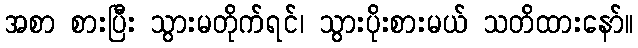
အစာ စားပြီး သွားမတိုက်ရင်၊ သွားပိုးစားမယ် သတိထားနော်။